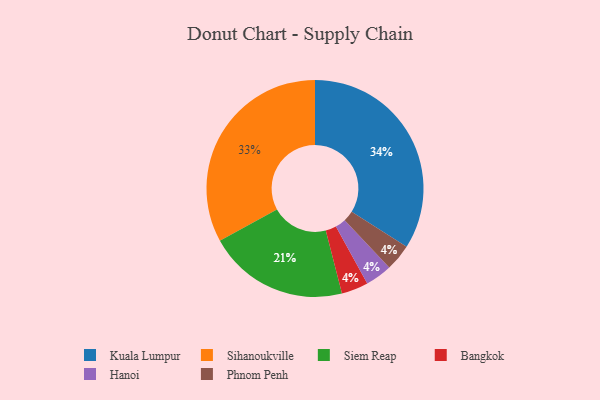
{"axis": {"x": "Category", "y": "Percentage"}, "legend": ["Bangkok", "Hanoi", "Kuala Lumpur", "Phnom Penh", "Siem Reap", "Sihanoukville"], "data": [{"x": "Bangkok", "y": 4, "type": "Bangkok"}, {"x": "Sihanoukville", "y": 33, "type": "Sihanoukville"}, {"x": "Hanoi", "y": 4, "type": "Hanoi"}, {"x": "Siem Reap", "y": 21, "type": "Siem Reap"}, {"x": "Phnom Penh", "y": 4, "type": "Phnom Penh"}, {"x": "Kuala Lumpur", "y": 34, "type": "Kuala Lumpur"}]}